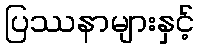
ပြဿနာများနှင့်